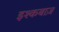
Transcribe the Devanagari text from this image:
इश्कबाज़